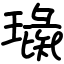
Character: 璏